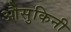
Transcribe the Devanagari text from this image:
औसुकिनी